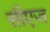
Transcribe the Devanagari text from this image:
सीएज